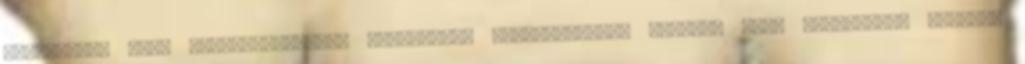
értelemben vett „világirodalom” kategóriát fenntartással érdemes csak használni. Egészen